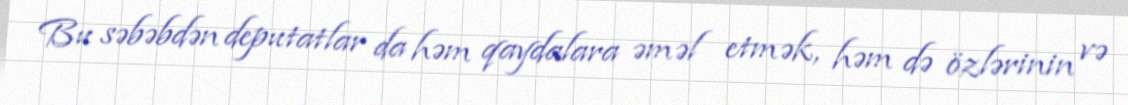
Bu səbəbdən deputatlar da həm qaydalara əməl etmək, həm də özlərinin və